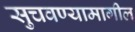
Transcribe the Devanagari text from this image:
सुचवण्यामागील